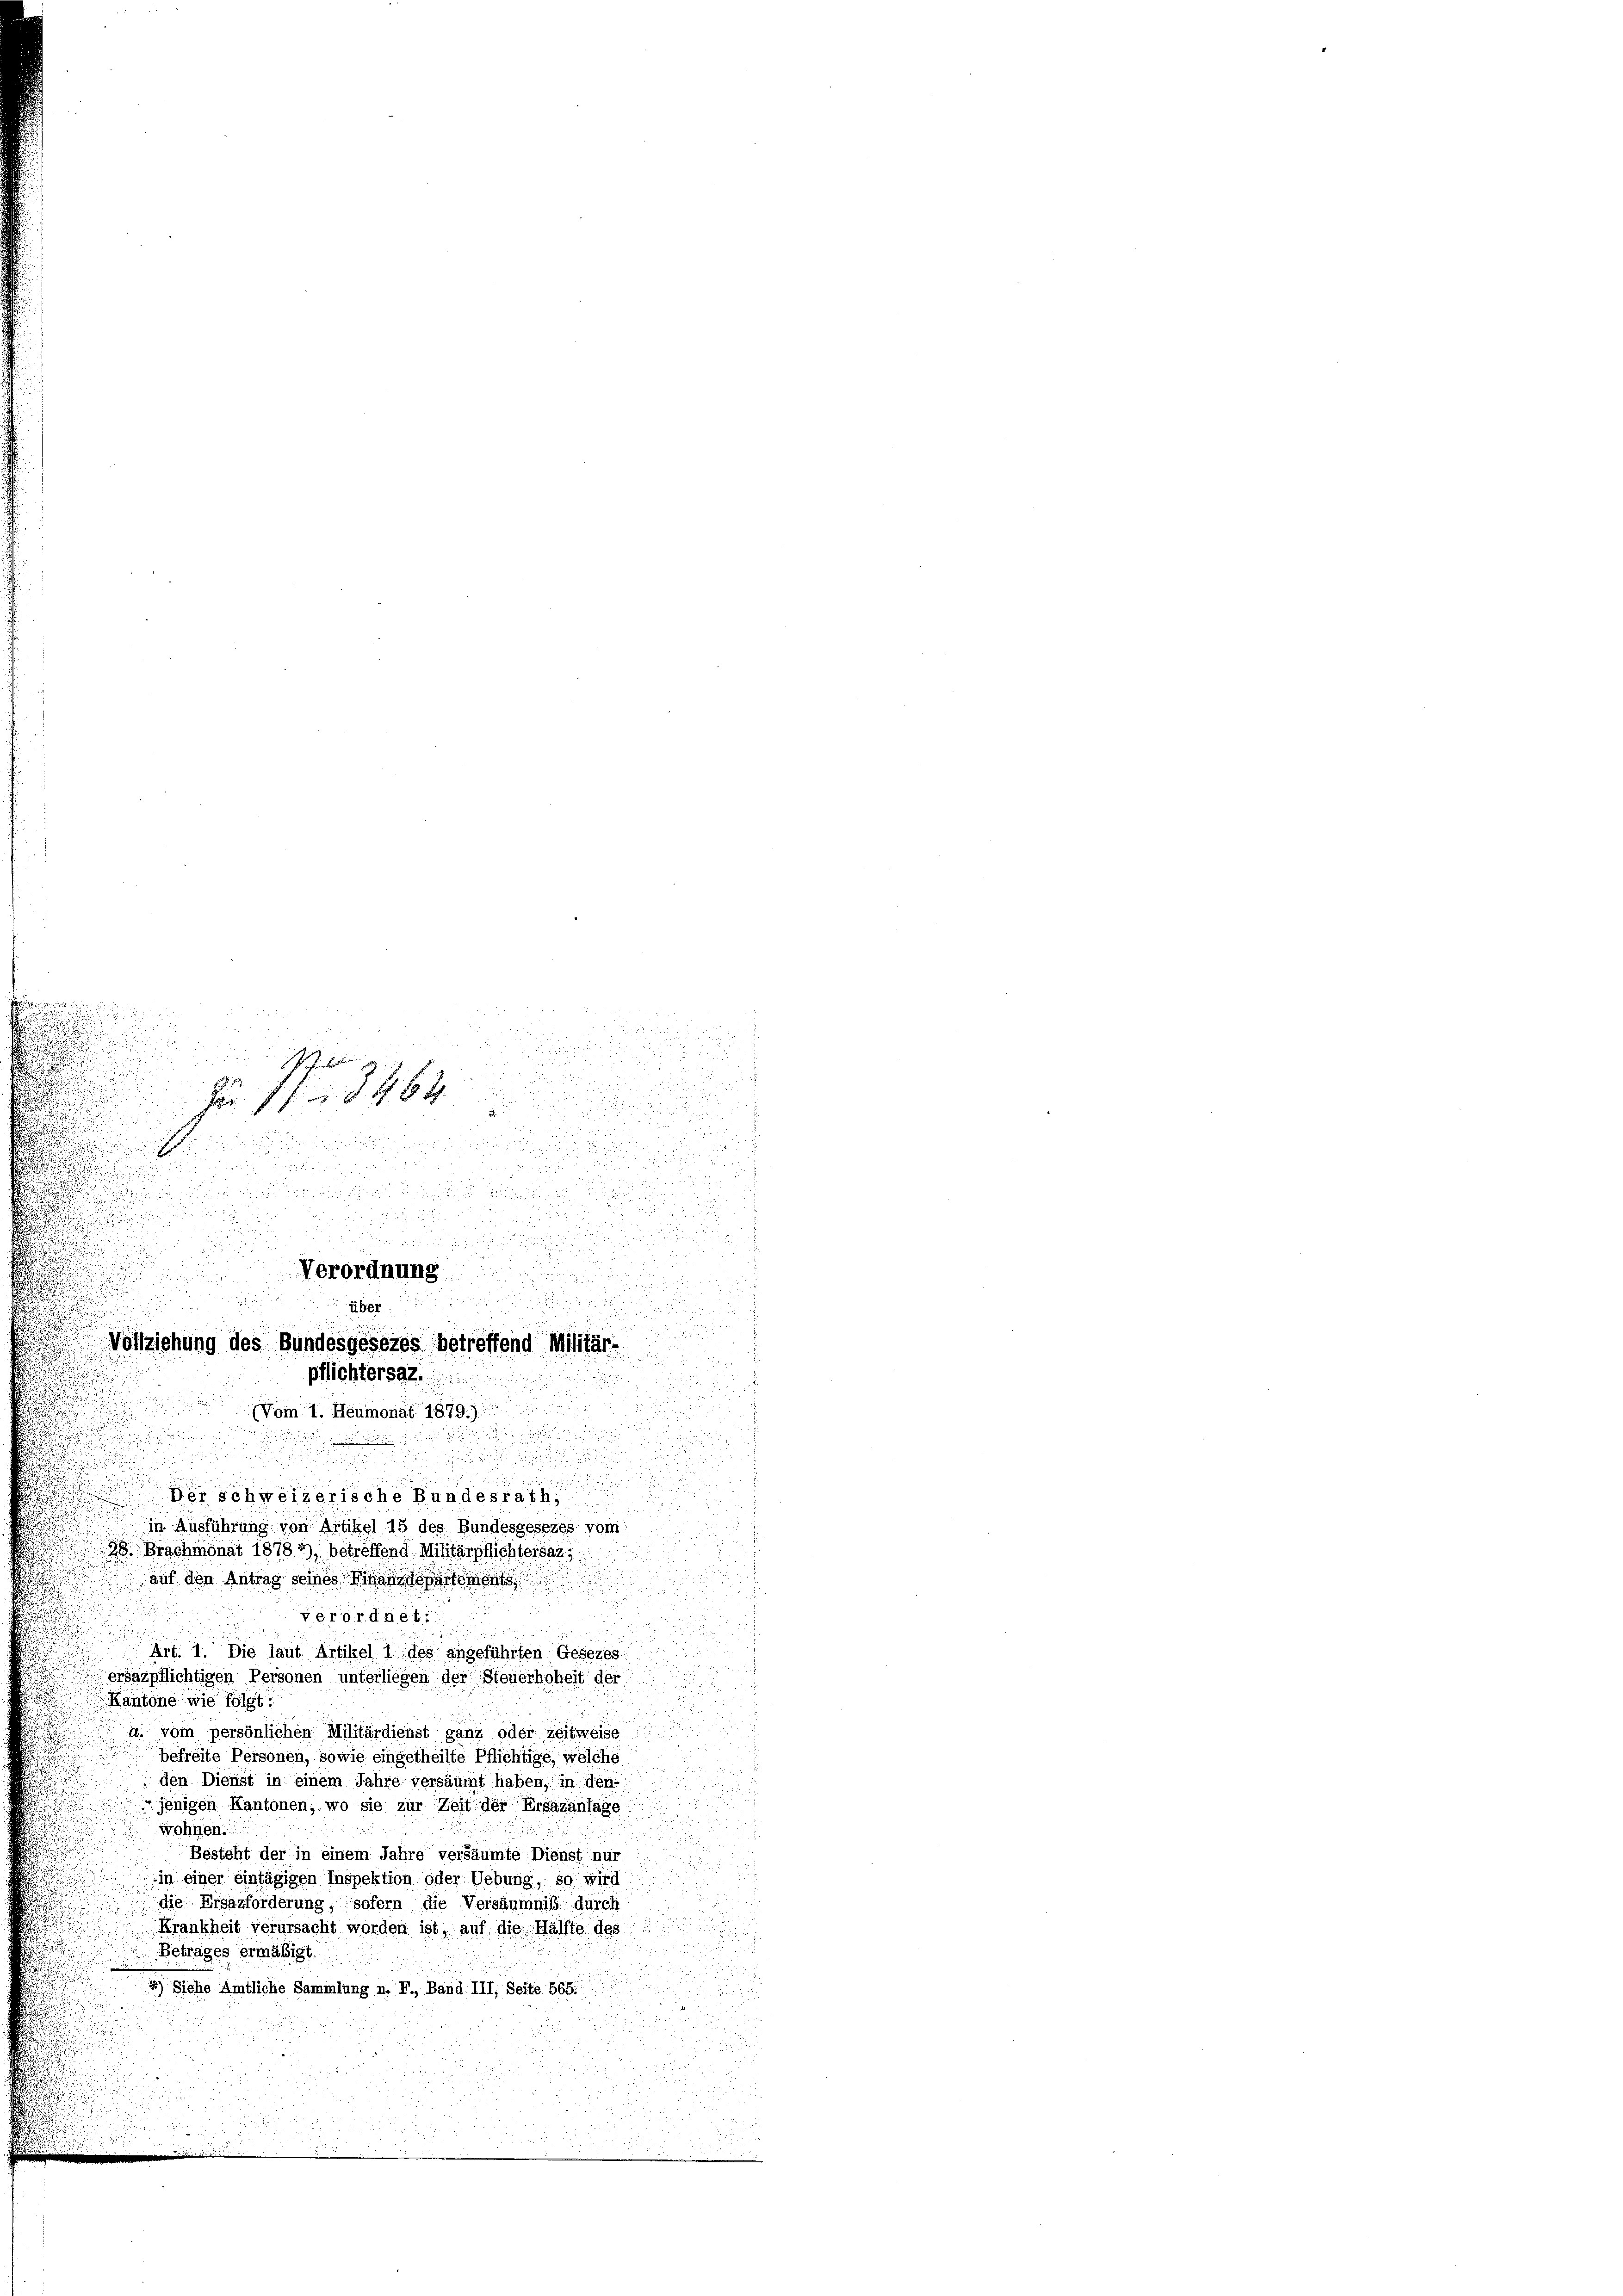
.
.
u

u
i

 76 f 0 x

e

.

u

.

u
berschweizerische Bundesrath,
in Ausführung von Artikel 15 des Bundesgesezes vom
98. Brachmonat 1878 *), betreffend Militärpflichtersatz
auf den Antrag seines Finanzdepartement
verordnet.
Art. 1. Die laut Artikel 1 des angeführten Gesezes
ersärpflichtigen Personen unterliegen der Steuerhoheit der
Kantone wie folgt:
n
a. vom persönlichen Militärdienst ganz oder Zeitweise
befreite Personen, sowie eingetheilte Pflichtige, welche
den Dienst in einem Jahre versäumt haben, in den
jenigen Kantonen, wo sie zur Zeit der Ersazanlage
wohnen.
Besteht der in einem Jahre versäumte Dienst nur
in einer eintägigen Inspektion oder Uebung, so wird
die Ersäzforderung, sofern die Versäumniß durch
Krankheit verursacht worden ist, auf die Hälfte des
Betrages ermäßigt.
5) Siehe Amtliche Sammlung n. F., Band. III, Seite 565.

.
d

1
u
F
Verordnung

über
Vollziehung des Bundesgesezes betreffend Militär-
pflichtersaz.
(Vom 1. Heumonat 1879.).